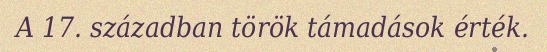
A 17. században török támadások érték.